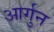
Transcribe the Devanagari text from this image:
आर्गुन